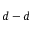
d - d